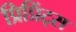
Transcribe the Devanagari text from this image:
प्रिप्रिंट्स